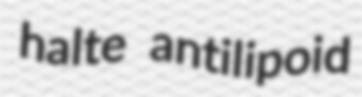
halte antilipoid